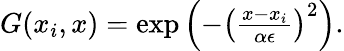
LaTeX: \begin{array}{r}{G(x_{i},x)=\exp\left(-\left(\frac{x-x_{i}}{\alpha\epsilon}\right)^{2}\right).}\end{array}